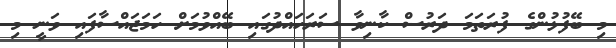
މި ބޭފުޅުންގެ ފުރަތަމަ ދަރުސް ކާނިވާ ސަރަހައްދުގައި ބޭއްވުމަށް ހަމަޖައްސާފައި ވަނީ މި